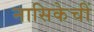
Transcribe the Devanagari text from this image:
नासिकेचीं